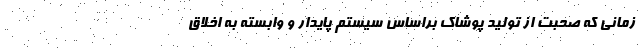
زمانی که صحبت از تولید پوشاک براساس سیستم پایدار و وابسته به اخلاق